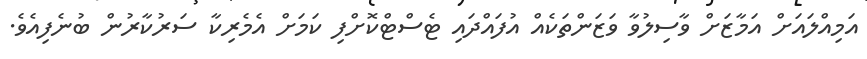
އަމިއްލައަށް އަމާޒަށް ވާސިލުވާ ވަޒަންތަކެއް އުފައްދައި ޓެސްޓްކޮށްފި ކަމަށް އެމެރިކާ ސަރުކާރުން ބުނެފިއެވެ.